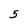
Character: 5